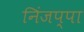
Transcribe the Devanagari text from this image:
निंजप्पा